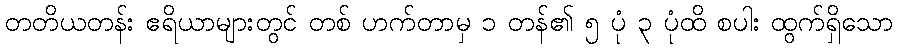
တတိယတန်း ဧရိယာများတွင် တစ် ဟက်တာမှ ၁ တန်၏ ၅ ပုံ ၃ ပုံထိ စပါး ထွက်ရှိသော